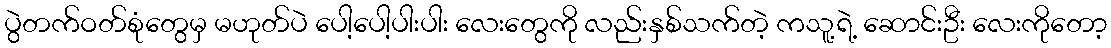
ပွဲတက်ဝတ်စုံတွေမှ မဟုတ်ပဲ ပေါ့ပေါ့ပါးပါး လေးတွေကို လည်းနှစ်သက်တဲ့ ကသူ့ရဲ့ ဆောင်းဦး လေးကိုတော့